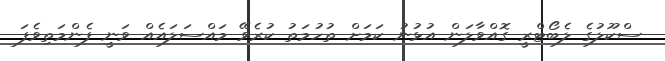
ސްކޫލުގެ ލެބޯޓްރީ ގޮއްވާލަން އުޅުނު ކަމަށް ތުހުމަތު ކުރެވޭ މައްސަލައެއް ވަނީ ފެންމަތިވެފަ